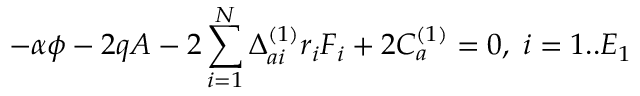
- \alpha \phi - 2 q A - 2 \sum _ { i = 1 } ^ { N } \Delta _ { a i } ^ { ( 1 ) } r _ { i } F _ { i } + 2 C _ { a } ^ { ( 1 ) } = 0 , \; i = 1 . . E _ { 1 }